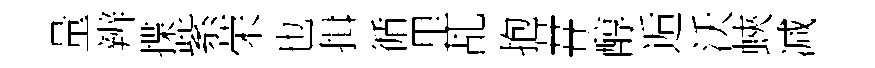
量辨揲紫荣也揖循里乩抱#醇逅沃蛺减